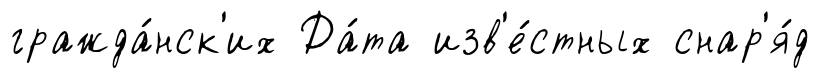
гражда́нск'их Да́та изв'е́стных снар'я́д